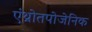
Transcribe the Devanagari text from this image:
एंथ्रोतपोजेनिक